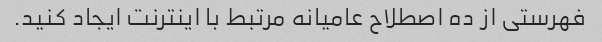
فهرستی از ده اصطلاح عامیانه مرتبط با اینترنت ایجاد کنید.